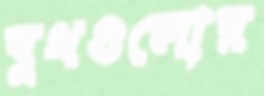
বুথগুলোর